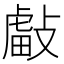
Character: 𢿊